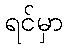
ရင်မှာ